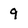
Character: 9